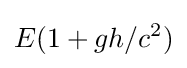
E(1+gh/c^{2})